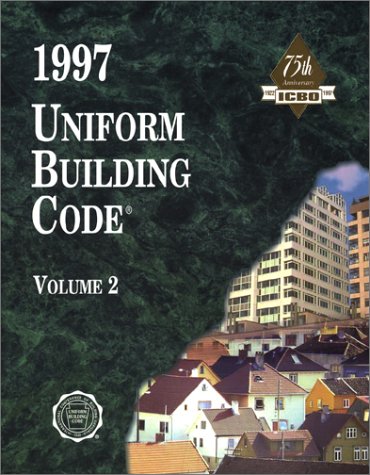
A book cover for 1997 Uniform Building Code, Vol. 2: Structural Engineering Design Provisions; International Code Council; Law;